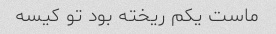
ماست یکم ریخته بود تو کیسه